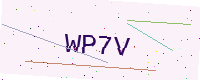
Text: WP7V